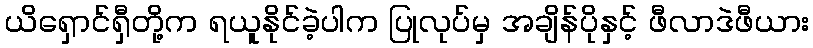
ယိရှောင်ရှီတို့က ရယူနိုင်ခဲ့ပါက ပြုလုပ်မှ အချိန်ပိုနှင့် ဖီလာဒဲဖီယား